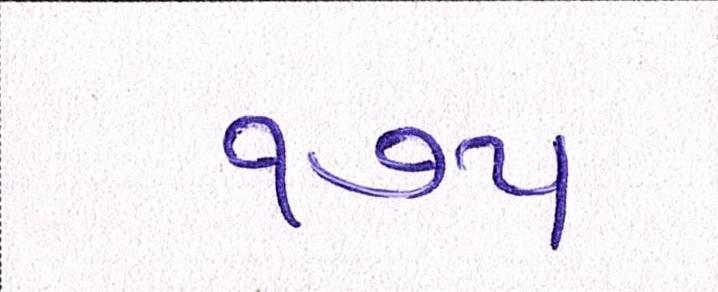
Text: ૧૭૫